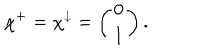
\chi ^ { + } = \chi ^ { \downarrow } = \left( \begin{array} { c c } { { 0 } } \\ { { 1 } } \\ \end{array} \right) .